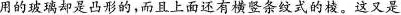
用的玻璃却是凸形的，而且上面还有横竖条纹式的棱。这又是